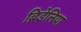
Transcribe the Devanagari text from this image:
ब्रिडेलिया